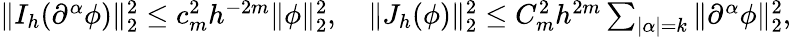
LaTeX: \begin{array}{r}{\| I_{h}(\partial^{\alpha}\phi)\| _{2}^{2}\leq{c_{m}^{2}}{h^{-2m}}\| \phi\| _{2}^{2},\quad\| J_{h}(\phi)\| _{2}^{2}\leq C_{m}^{2}h^{2m}\sum_{|\alpha|=k}\| \partial^{\alpha}\phi\| _{2}^{2},}\end{array}